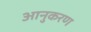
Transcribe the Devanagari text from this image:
आनुकरण